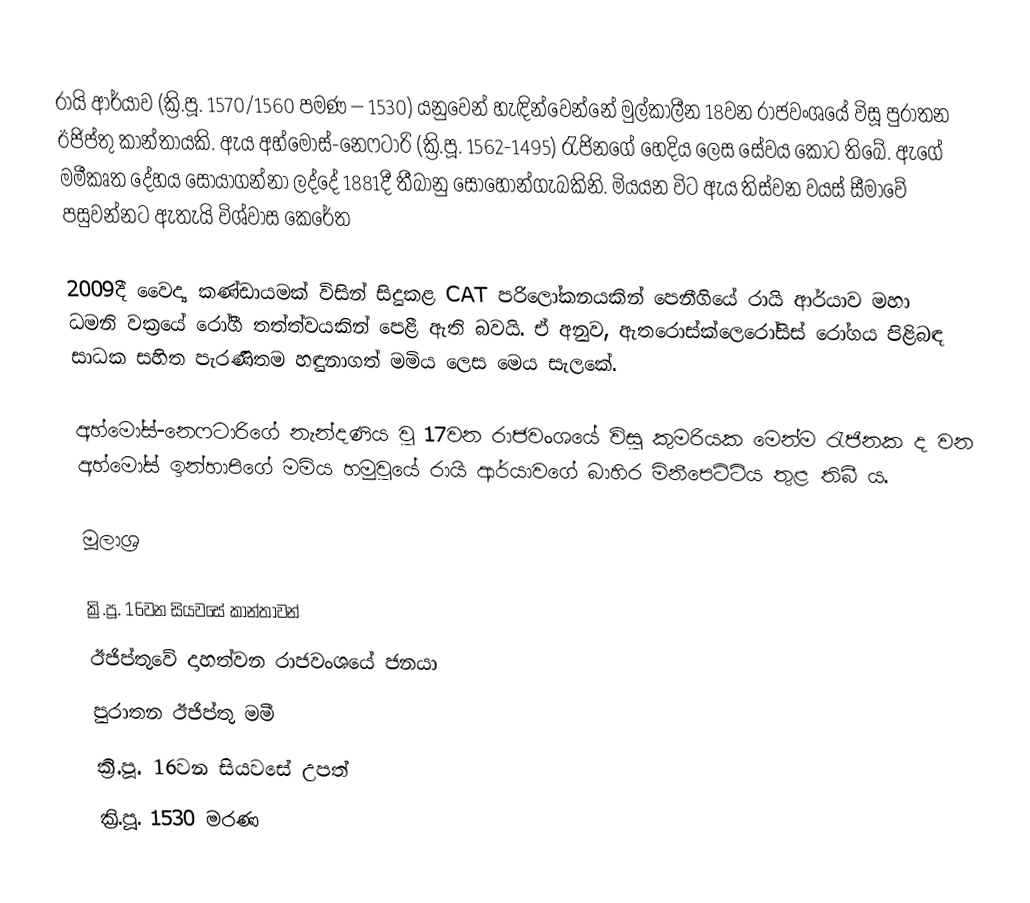
රායි ආර්යාව (ක්‍රි.පූ. 1570/1560 පමණ – 1530) යනුවෙන් හැඳින්වෙන්නේ මුල්කාලීන 18වන රාජවංශයේ විසූ පුරාතන ඊජිප්තු කාන්තායකි. ඇය අහ්මෝස්-නෙෆටාරි (ක්‍රි.පූ. 1562-1495) රැජිනගේ හෙදිය ලෙස සේවය කොට තිබේ. ඇගේ මමීකෘත දේහය සොයාගන්නා ලද්දේ 1881දී තීබානු සොහොන්ගැබකිනි. මියයන විට ඇය තිස්වන වයස් සීමාවේ පසුවන්නට ඇතැයි විශ්වාස කෙරේත

2009දී වෛද්‍ය කණ්ඩායමක් විසින් සිදුකළ CAT පරිලෝකනයකින් පෙනීගියේ රායි ආර්යාව මහා ධමනි වක්‍රයේ රෝගී තත්ත්වයකින් පෙළී ඇති බවයි. ඒ අනුව, ඇතරොස්ක්ලෙරෝසිස් රෝගය පිළිබඳ සාධක සහිත පැරණිතම හඳුනාගත් මමිය ලෙස මෙය සැලකේ.

අහ්මෝස්-නෙෆටාරිගේ නැන්දණිය වූ 17වන රාජවංශයේ විසූ කුමරියක මෙන්ම රැජිනක ද වන අහ්මෝස් ඉන්හාපිගේ මමිය හමුවූයේ රායි ආර්යාවගේ බාහිර මිනීපෙට්ටිය තුළ තිබී ය.

මූලාශ්‍ර

ක්‍රි.පූ. 16වන සියවසේ කාන්තාවන්
ඊජිප්තුවේ දාහත්වන රාජවංශයේ ජනයා
පුරාතන ඊජිප්තු මමී
ක්‍රි.පූ. 16වන සියවසේ උපත්
ක්‍රි.පූ. 1530 මරණ